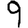
Digit: 9